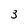
Character: 3